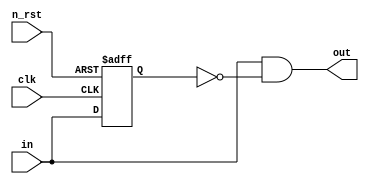
module edge2(clk, n_rst, in, out);
  input clk, n_rst, in;
  output out;
  reg in_reg;
  always @(posedge clk, negedge n_rst) begin
    if (!n_rst) begin
      in_reg <= 1'b0;
    end else begin
      in_reg <= in; 
    end
  end
  assign out = in & ~in_reg;
endmodule
module edge2_tb();
parameter period = 2;
reg clk, n_rst, in;
wire out;
edge2 instance(.clk(clk),
	       .n_rst(n_rst),
	       .in(in),
	       .out(out));
initial begin
    clk = 0;
    forever
    #(period/2)clk = ~clk;
end

initial begin
    n_rst = 0;
    in = 0;
    @(negedge clk) n_rst = 1;
    @(negedge clk) in = 1;
    @(negedge clk);
    @(negedge clk) in = 0;
    @(negedge clk);
    @(negedge clk);
    @(negedge clk) in = 1;
    @(negedge clk);
    @(negedge clk);
    $finish();
end
endmodule